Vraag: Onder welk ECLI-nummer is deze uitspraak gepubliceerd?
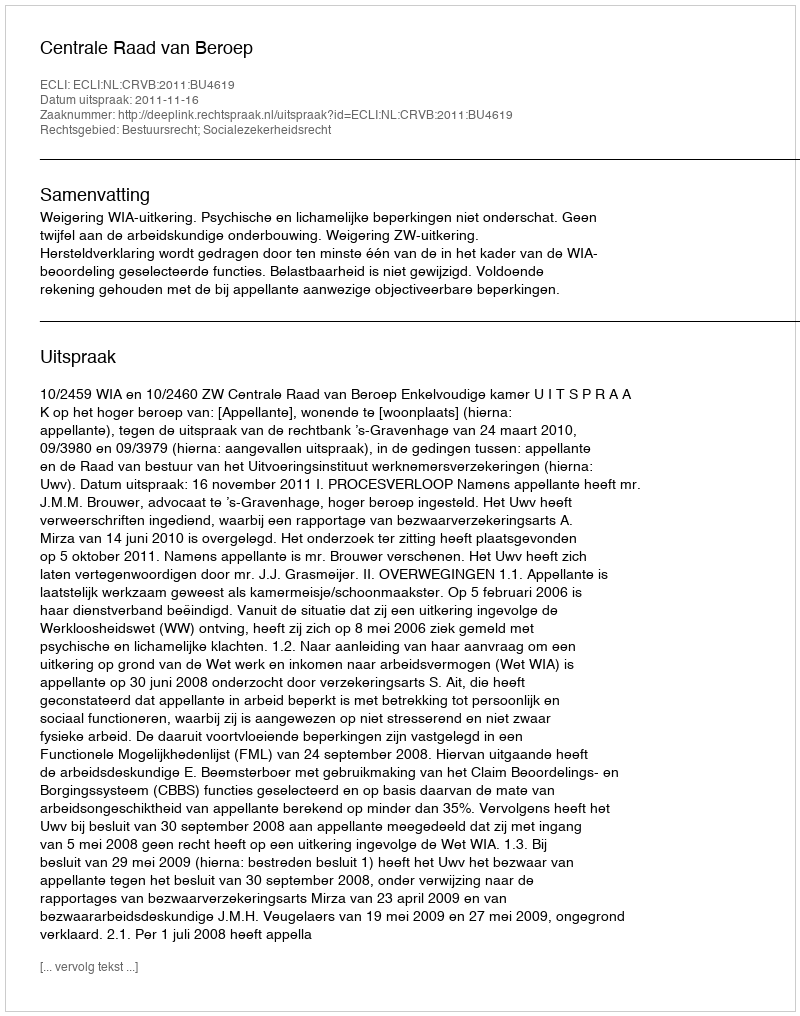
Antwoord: ECLI:NL:CRVB:2011:BU4619